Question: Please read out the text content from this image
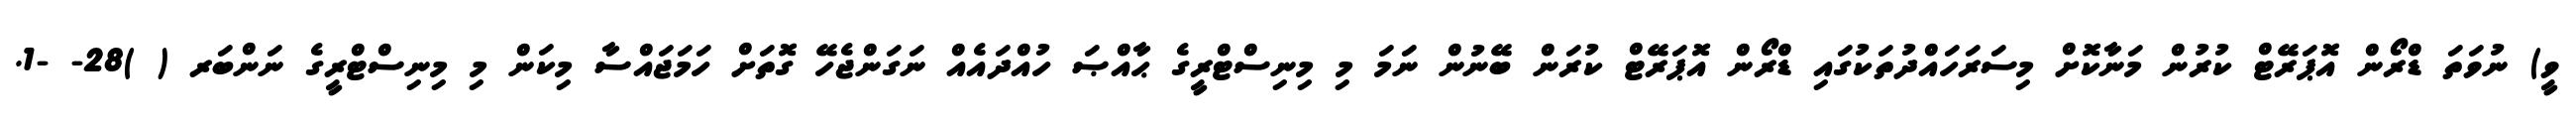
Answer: ވީ) ނުވަތަ ޑްރޯން އޮޕަރޭޓް ކުރުން މަނާކޮށް މިސަރަހައްދުތަކުގައި ޑްރޯން އޮޕަރޭޓް ކުރަން ބޭނުން ނަމަ މި މިނިސްޓްރީގެ ޙާއްޞަ ހުއްދައެއް ނަގަންޖެހޭ ގޮތަށް ހަމަޖައްސާ މިކަން މި މިނިސްޓްރީގެ ނަންބަރ ( )28- -1.